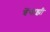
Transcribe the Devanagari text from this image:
बेंगाझी